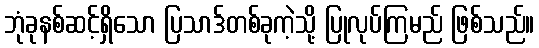
ဘုံခုနစ်ဆင့်ရှိသော ပြသာဒ်တစ်ခုကဲ့သို့ ပြုလုပ်ကြမည် ဖြစ်သည်။